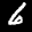
Label: 6